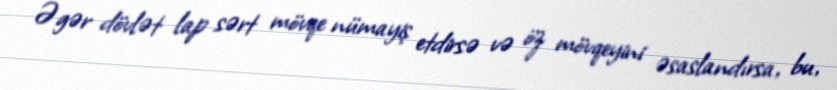
Əgər dövlət lap sərt mövqe nümayiş etdirsə və öz mövqeyini əsaslandırsa, bu,